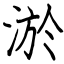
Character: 淤